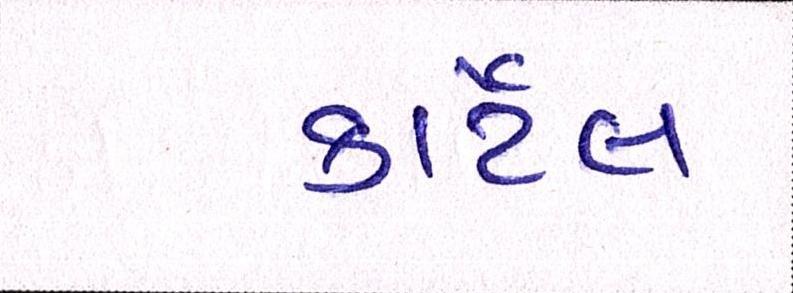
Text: કાર્ટેલ